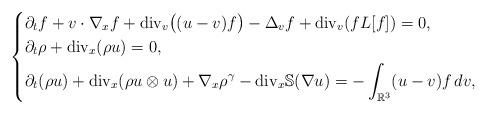
LaTeX: \begin{align*}\left\{\begin{aligned} &\partial_t f+v\cdot\nabla_x f+{\rm{div}}_v\big((u-v)f\big)-\Delta_vf+{\rm{div}}_v(fL[f])=0,\\ &\partial_t\rho+{\rm{div}}_x(\rho u)=0,\\ &\partial_t(\rho u)+{\rm{div}}_x(\rho u\otimes u)+\nabla_x\rho^\gamma-{\rm{div}}_x\mathbb{S}(\nabla u)=-\int_{\mathbb{R}^3}(u-v)f\,dv,\end{aligned}\right.\end{align*}